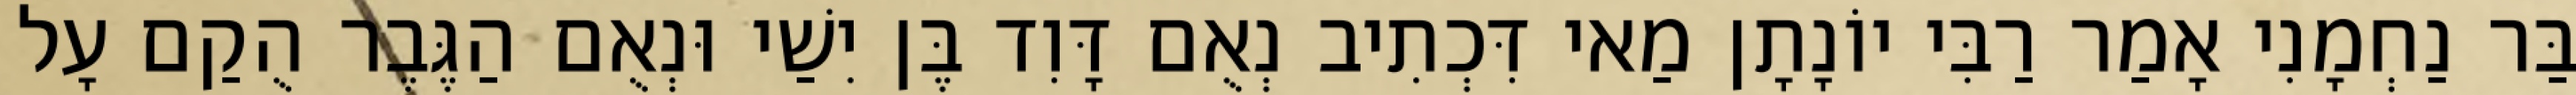
בַּר נַחְמָנִי אָמַר רַבִּי יוֹנָתָן מַאי דִּכְתִיב נְאֻם דָּוִד בֶּן יִשַׁי וּנְאֻם הַגֶּבֶר הֻקַם עָל